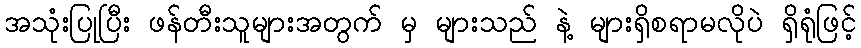
အသုံးပြုပြီး ဖန်တီးသူများအတွက် မှ များသည် နဲ့ များရှိစရာမလိုပဲ ရှိရုံဖြင့်